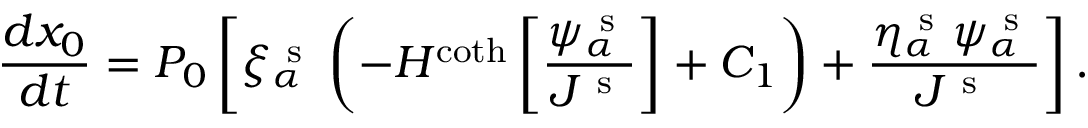
\frac { d x _ { 0 } } { d t } = P _ { 0 } \left[ \xi _ { \alpha } ^ { \mathrm { ~ s ~ } } \left( - H ^ { \coth } \left[ \frac { \psi _ { \alpha } ^ { \mathrm { ~ s ~ } } } { J ^ { \mathrm { ~ s ~ } } } \right] + C _ { 1 } \right) + \frac { \eta _ { \alpha } ^ { \mathrm { ~ s ~ } } \psi _ { \alpha } ^ { \mathrm { ~ s ~ } } } { J ^ { \mathrm { ~ s ~ } } } \right] .